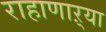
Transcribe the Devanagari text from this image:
राहाणाऱ्या